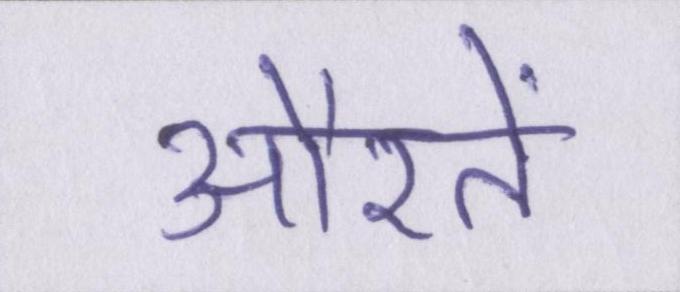
औरतें